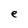
Character: e